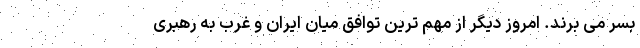
بسر می برند. امروز دیگر از مهم ترین توافق میان ایران و غرب به رهبری